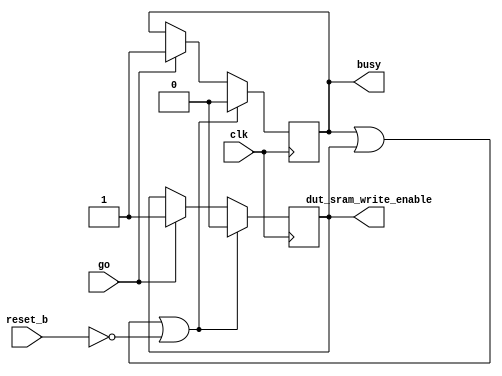
module Controller (
   input reset_b, clk, go,
   output busy, dut_sram_write_enable
   );

   reg busy_reg, sram_we_reg;

   assign busy = busy_reg;
   assign dut_sram_write_enable = sram_we_reg;

   always @(posedge clk) begin
      if (busy_reg || sram_we_reg || !reset_b) begin
         busy_reg = 1'b0;
         sram_we_reg = 1'b0; end
      else if (go) begin
         busy_reg = 1'b1;
         sram_we_reg = 1'b1;
      end
   end

endmodule